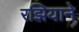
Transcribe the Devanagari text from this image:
रझियाने